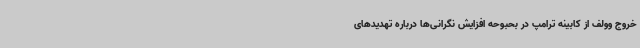
خروج وولف از کابینه ترامپ در بحبوحه افزایش نگرانی‌ها درباره تهدیدهای